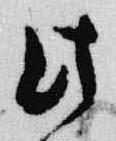
此